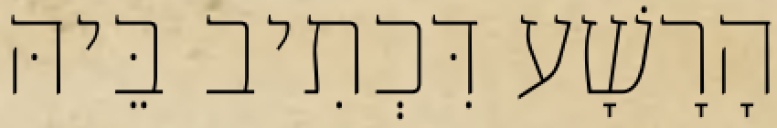
הָרָשָׁע דִּכְתִיב בֵּיהּ